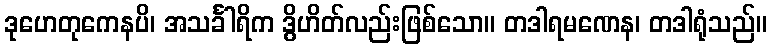
ဒုဟေတုကေနပိ၊ အသင်္ခါရိက ဒွိဟိတ်လည်းဖြစ်သော။ တဒါရမဏေန၊ တဒါရုံသည်။